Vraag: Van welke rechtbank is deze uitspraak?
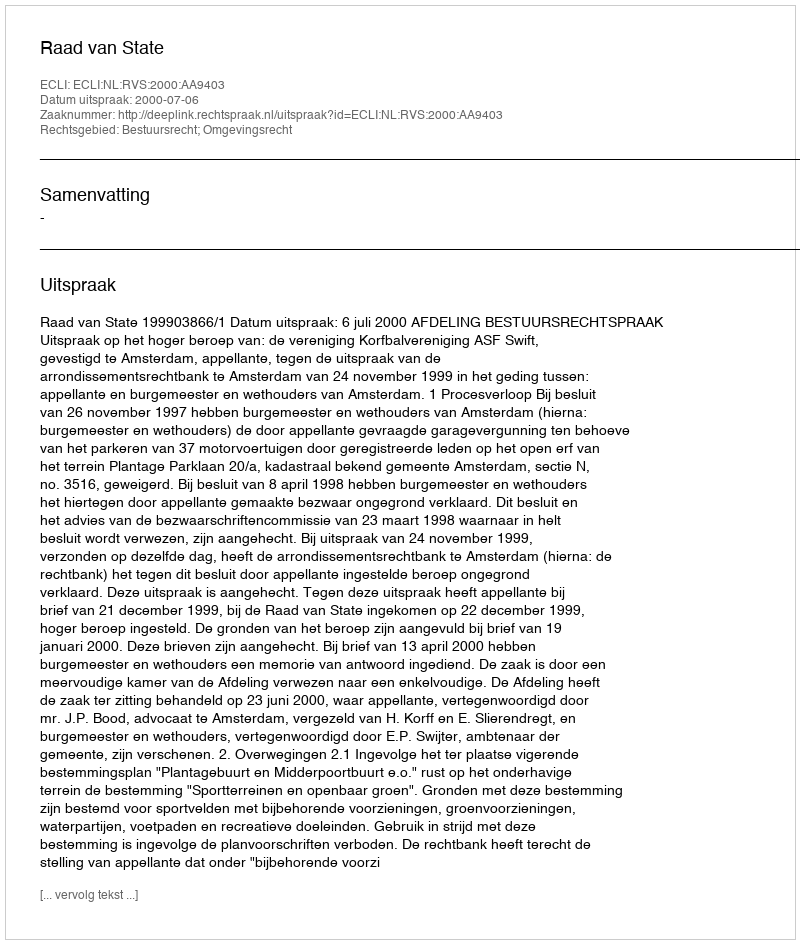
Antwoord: Raad van State